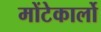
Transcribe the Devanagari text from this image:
मोंटेकार्लो